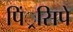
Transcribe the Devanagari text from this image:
पिं्रसिपे